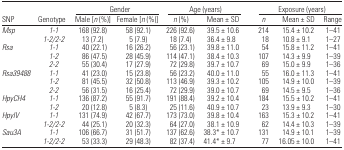
<table><thead><tr><td></td><td></td><td colspan="2"><b>Gender</b></td><td colspan="2"><b>Age (years)</b></td><td colspan="3"><b>Exposure (years)</b></td></tr><tr><td><b>SNP</b></td><td><b>Genotype</b></td><td><b>Male [<i>n</i> (%)]</b></td><td><b>Female [<i>n</i> (%)]</b></td><td><b><i>n</i> (%)</b></td><td><b>Mean ± SD</b></td><td><b><i>n</i></b></td><td><b>Mean ± SD</b></td><td><b>Range</b></td></tr></thead><tbody><tr><td><i>Msp</i></td><td><i>1-1</i></td><td>168 (92.8)</td><td>58 (92.1)</td><td>226 (92.6)</td><td>39.5 ± 10.6</td><td>214</td><td>15.4 ± 10.2</td><td>1–41</td></tr><tr><td></td><td><i>1-2/2-2</i></td><td>13 (7.2)</td><td>5 (7.9)</td><td>18 (7.4)</td><td>36.4 ± 9.8</td><td>18</td><td>10.8 ± 9.1</td><td>1–27</td></tr><tr><td><i>Rsa</i></td><td><i>1-1</i></td><td>40 (22.1)</td><td>16 (26.2)</td><td>56 (23.1)</td><td>39.8 ± 11.0</td><td>54</td><td>15.8 ± 11.2</td><td>1–41</td></tr><tr><td></td><td><i>1-2</i></td><td>86 (47.5)</td><td>28 (45.9)</td><td>114 (47.1)</td><td>38.4 ± 10.3</td><td>107</td><td>14.3 ± 9.9</td><td>1–39</td></tr><tr><td></td><td><i>2-2</i></td><td>55 (30.4)</td><td>17 (27.9)</td><td>72 (29.8)</td><td>39.7 ± 10.7</td><td>69</td><td>15.0 ± 9.9</td><td>1–36</td></tr><tr><td><i>Rsa39488</i></td><td><i>1-1</i></td><td>41 (23.0)</td><td>15 (23.8)</td><td>56 (23.2)</td><td>40.0 ± 11.0</td><td>55</td><td>16.0 ± 11.3</td><td>1–41</td></tr><tr><td></td><td><i>1-2</i></td><td>81 (45.5)</td><td>32 (50.8)</td><td>113 (46.9)</td><td>39.3 ± 10.2</td><td>105</td><td>14.9 ± 10.0</td><td>1–39</td></tr><tr><td></td><td><i>2-2</i></td><td>56 (31.5)</td><td>16 (25.4)</td><td>72 (29.9)</td><td>39.0 ± 10.7</td><td>69</td><td>14.5 ± 9.5</td><td>1–36</td></tr><tr><td><i>HpyCH4</i></td><td><i>1-1</i></td><td>136 (87.2)</td><td>55 (91.7)</td><td>191 (88.4)</td><td>39.2 ± 10.4</td><td>184</td><td>15.5 ± 10.2</td><td>1–41</td></tr><tr><td></td><td><i>1-2</i></td><td>20 (12.8)</td><td>5 (8.3)</td><td>25 (11.6)</td><td>40.9 ± 10.7</td><td>23</td><td>13.9 ± 9.3</td><td>1–30</td></tr><tr><td><i>HpyIV</i></td><td><i>1-1</i></td><td>131 (74.9)</td><td>42 (67.7)</td><td>173 (73.0)</td><td>39.8 ± 10.4</td><td>163</td><td>15.3 ± 10.2</td><td>1–41</td></tr><tr><td></td><td><i>1-2/2-2</i></td><td>44 (25.1)</td><td>20 (32.3)</td><td>64 (27.0)</td><td>38.1 ± 10.9</td><td>62</td><td>14.4 ± 10.3</td><td>1–39</td></tr><tr><td><i>Sau3A</i></td><td><i>1-1</i></td><td>106 (66.7)</td><td>31 (51.7)</td><td>137 (62.6)</td><td>38.3* ± 10.7</td><td>131</td><td>14.9 ± 10.1</td><td>1–39</td></tr><tr><td></td><td>1-2/2-2</td><td>53 (33.3)</td><td>29 (48.3)</td><td>82 (37.4)</td><td>41.4* ± 9.7</td><td>77</td><td>16.05 ± 10.0</td><td>1–41</td></tr></tbody></table>